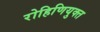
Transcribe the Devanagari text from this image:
रोहिणियुक्त